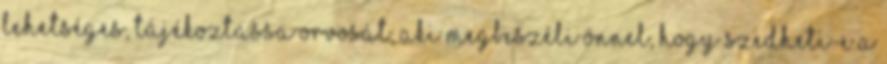
lehetséges, tájékoztassa orvosát, aki megbeszéli Önnel, hogy szedheti-e a